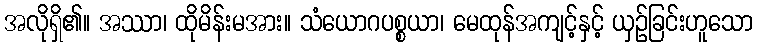
အလိုရှိ၏။ အဿာ၊ ထိုမိန်းမအား။ သံယောဂပစ္စယာ၊ မေထုန်အကျင့်နှင့် ယှဉ်ခြင်းဟူသော